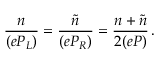
\frac { n } { ( e { \cal P } _ { L } ) } = \frac { \tilde { n } } { ( e { \cal P } _ { R } ) } = \frac { n + \tilde { n } } { 2 ( e { \cal P } ) } \, .